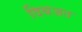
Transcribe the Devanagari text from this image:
दिबजत